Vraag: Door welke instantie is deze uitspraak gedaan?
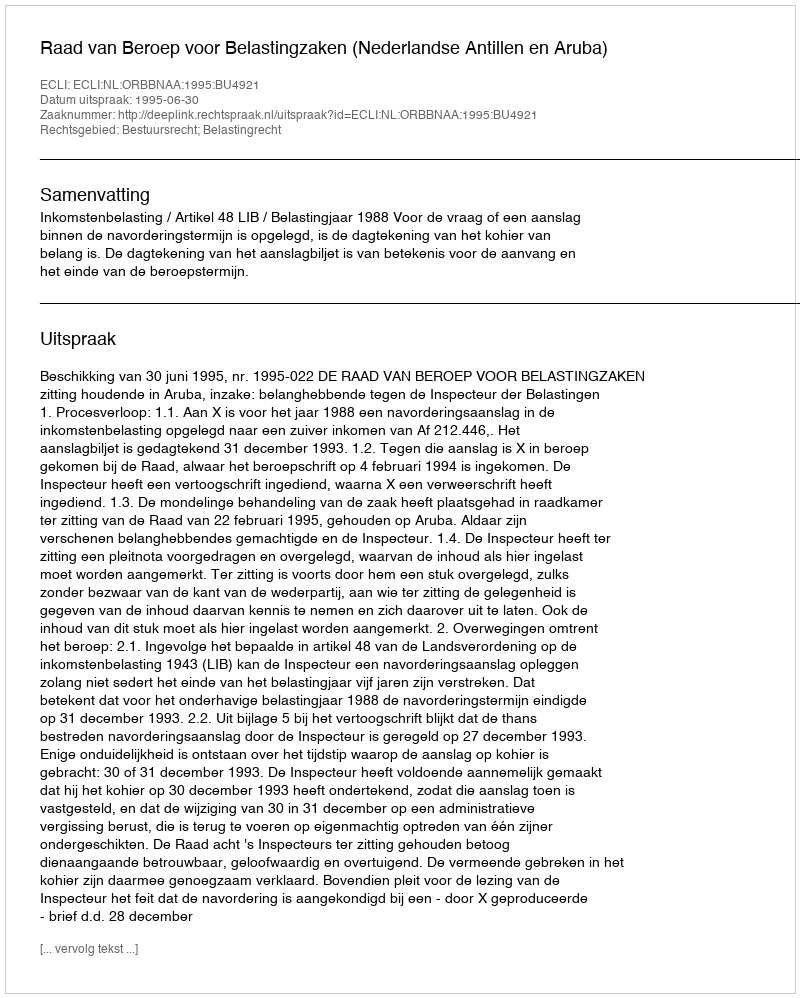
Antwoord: Raad van Beroep voor Belastingzaken (Nederlandse Antillen en Aruba)